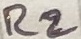
Text: R2